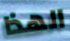
الهذا